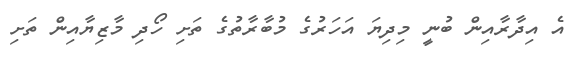
އެ އިދާރާއިން ބުނީ މިދިޔަ އަހަރުގެ މުބާރާތުގެ ތަށި ހޯދި މާޒިޔާއިން ތަށި